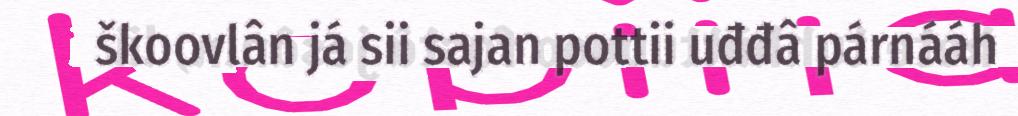
škoovlân já sii sajan pottii uđđâ párnááh